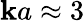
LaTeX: \mathbf{k}a\approx3